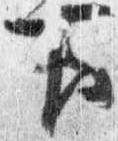
下